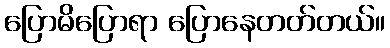
ပြောမိပြောရာ ပြောနေတတ်တယ်။